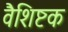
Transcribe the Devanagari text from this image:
वैशिष्टक